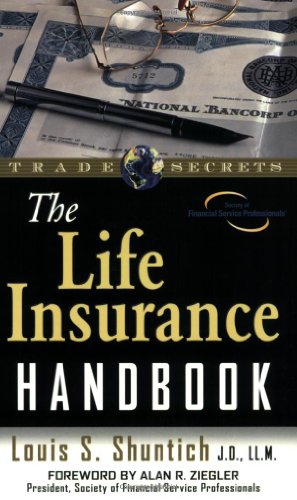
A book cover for The Life Insurance Handbook; Louis S. Shuntich; Business & Money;